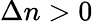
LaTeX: \Delta n>0